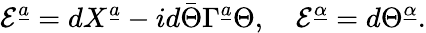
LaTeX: {\cal E}^{\underline{{a}}}=dX^{\underline{{a}}}-id\bar{\Theta}\Gamma^{\underline{{a}}}\Theta,\quad{\cal E}^{\underline{{\alpha}}}=d\Theta^{\underline{{\alpha}}}.